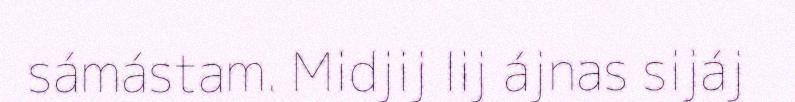
sámástam. Midjij lij ájnas sijáj